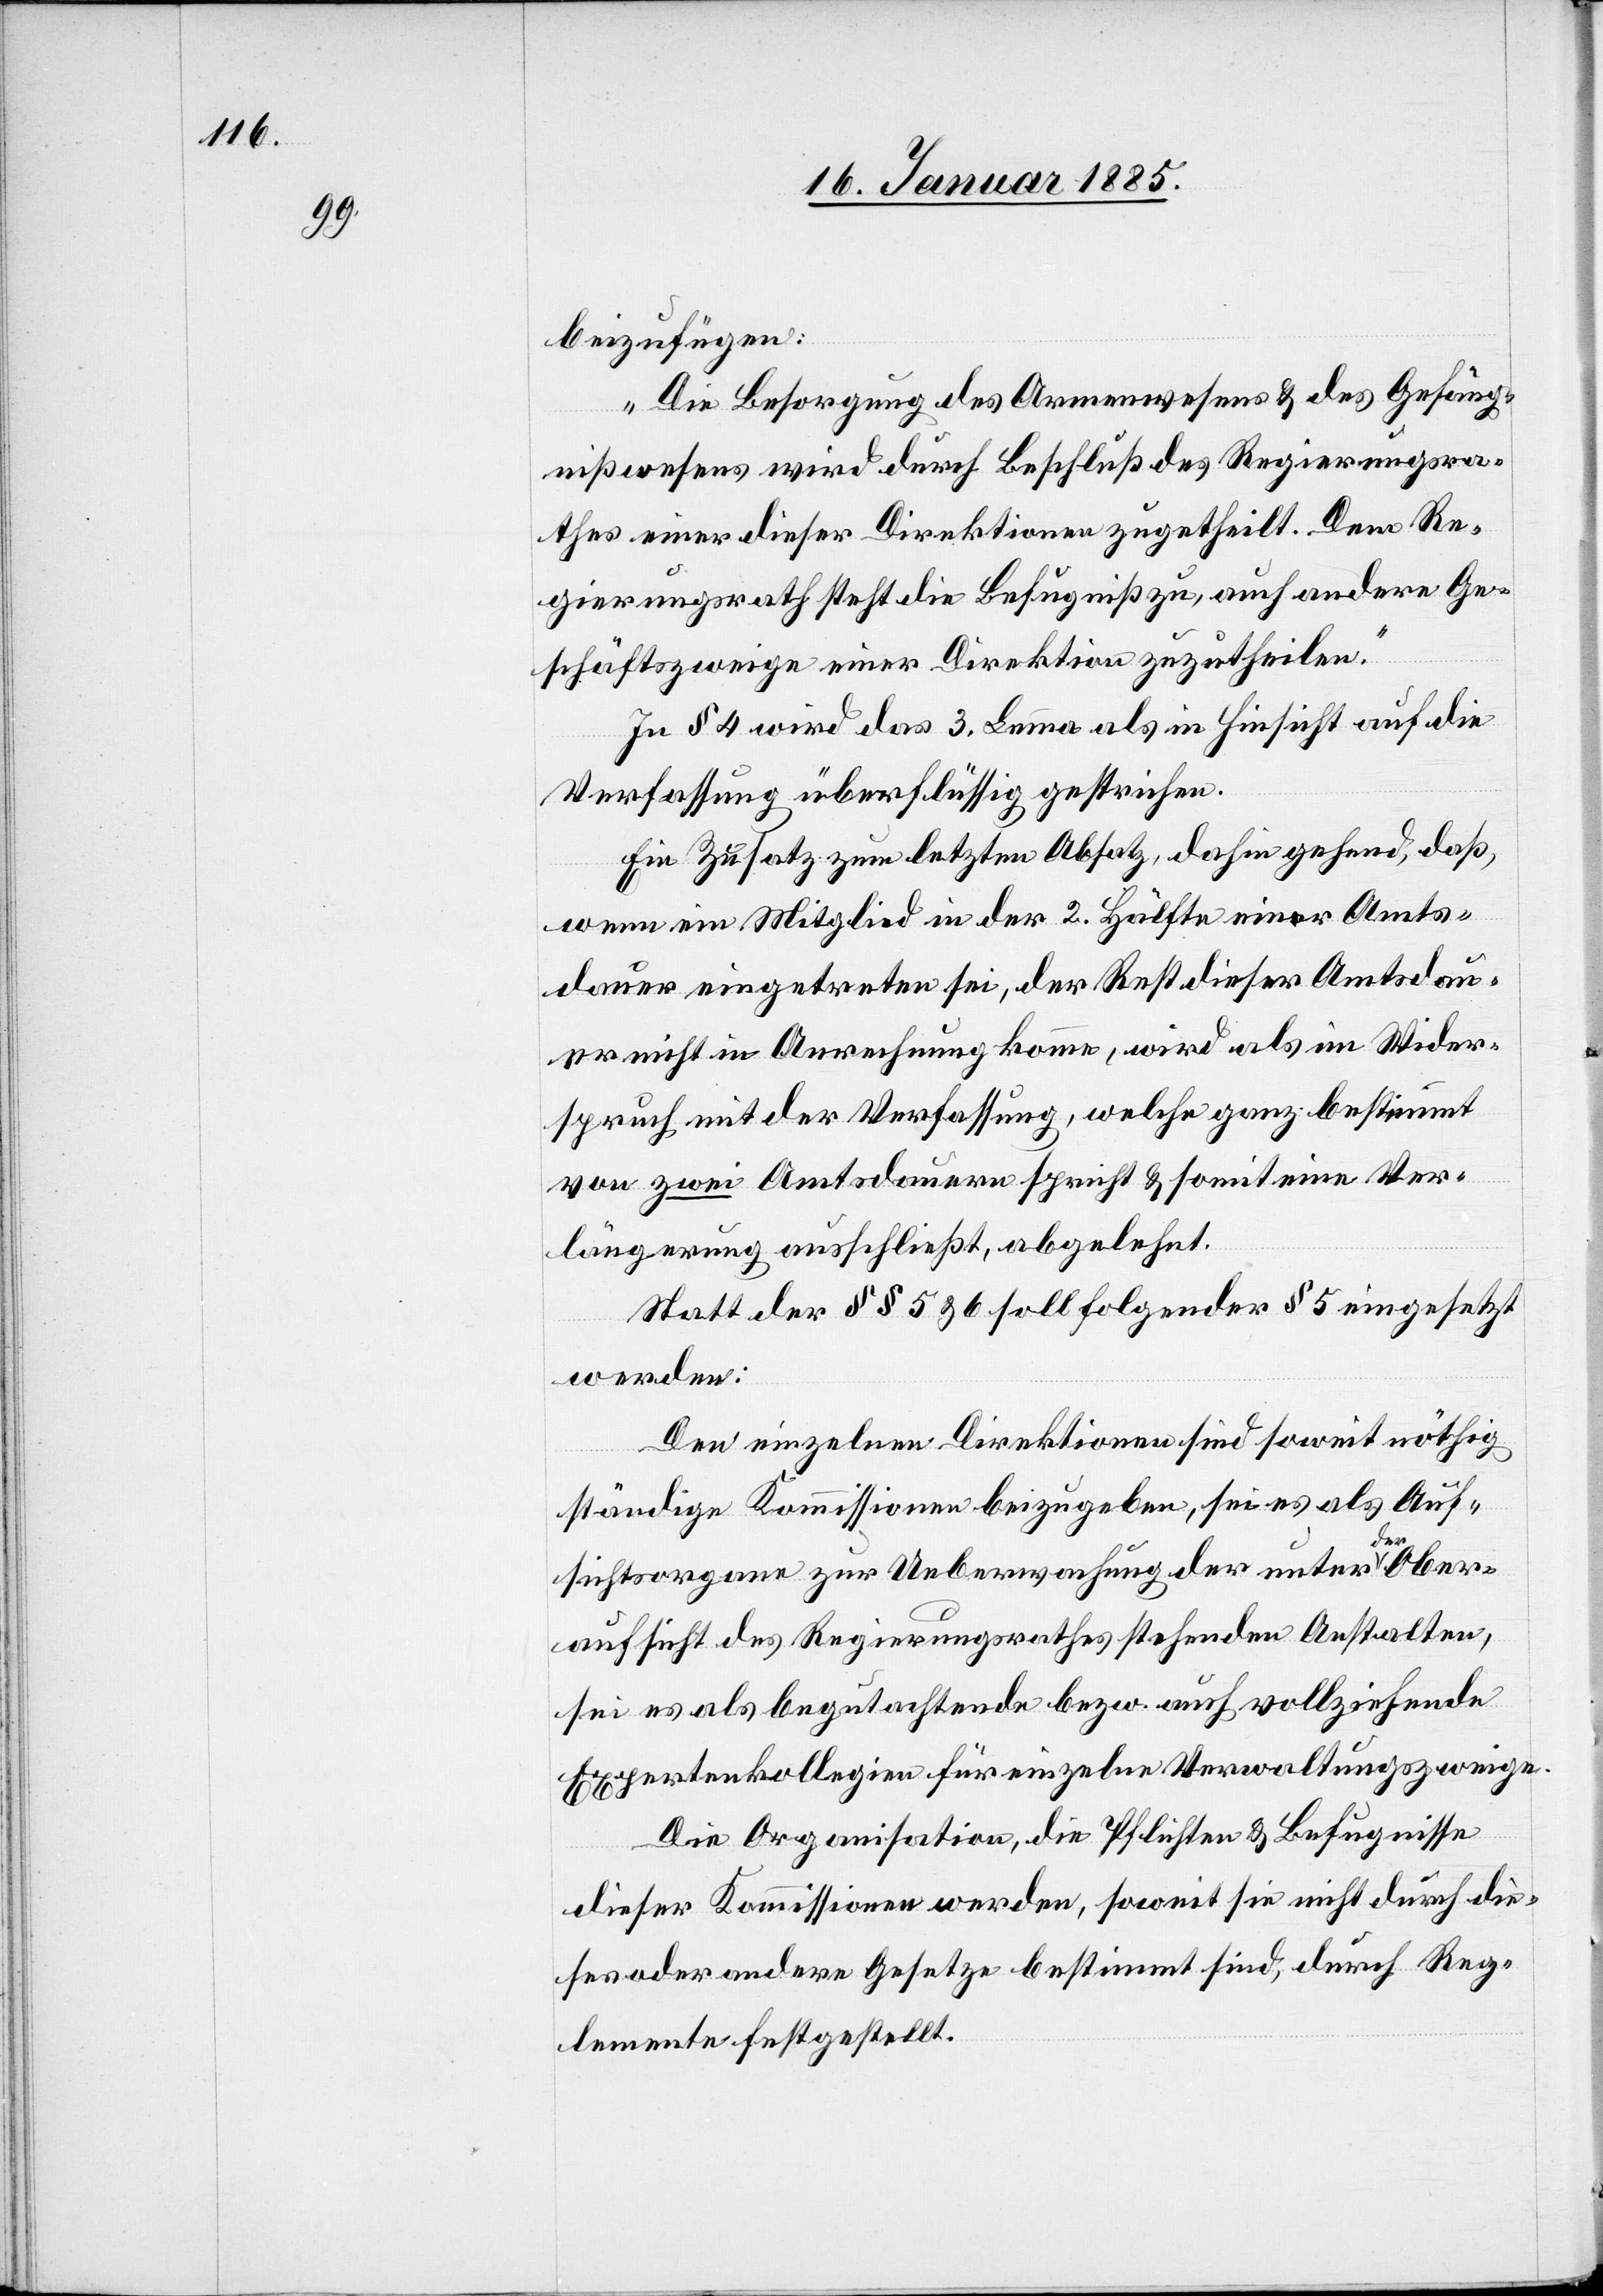
beizufügen:
„Die Besorgung des Armenwesens & des Gefäng¬
nißwesens wird durch Beschluß des Regierungsra¬
thes einer dieser Direktionen zugetheilt. Dem Re¬
gierungsrathe steht die Befugniß zu, auch andere Ge¬
schäftszweige einer Direktion zuzutheilen.“
In § 4 wird das 3. Lemma als in Hinsicht auf die
Verfassung überflüssig gestrichen.
Ein Zusatz zum letzten Absatz, dahin gehend, daß,
wenn ein Mitglied in der 2. Hälfte einer Amts¬
dauer eingetreten sei, der Rest dieser Amtsdau¬
er nicht in Anrechnung komme, wird als in Wider¬
spruch mit der Verfassung, welche ganz bestimmt
von zwei Amtsdauern spricht & somit eine Ver¬
längerung ausschließt, abgelehnt.
Statt der §§ 5 & 6 soll folgendes § 5 eingesetzt
werden:
Den einzelnen Direktionen sind soweit nöthig
ständige Kommissionen beizugeben, sei es als Auf¬
sichtsorgane zur Ueberwachung der unter der Ober¬
aufsicht des Regierungsrathes stehenden Anstalten,
sei es als begutachtende bezw. auch vollziehende
Expertenkollegien für einzelne Verwaltungszweige.
Die Organisation, die Pflichten & Befugnisse
halten.
dieser Kommissionen werden, soweit sie nicht durch die¬
se oder andere Gesetze bestimmt sind, durch Reg¬